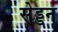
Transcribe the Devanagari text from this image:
सेड्डन